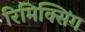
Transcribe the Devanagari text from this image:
रिमिक्सिंग